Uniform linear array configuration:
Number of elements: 8
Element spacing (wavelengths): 1
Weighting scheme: binomial
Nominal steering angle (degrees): -30
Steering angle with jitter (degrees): -28.348
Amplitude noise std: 0.05
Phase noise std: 0.05

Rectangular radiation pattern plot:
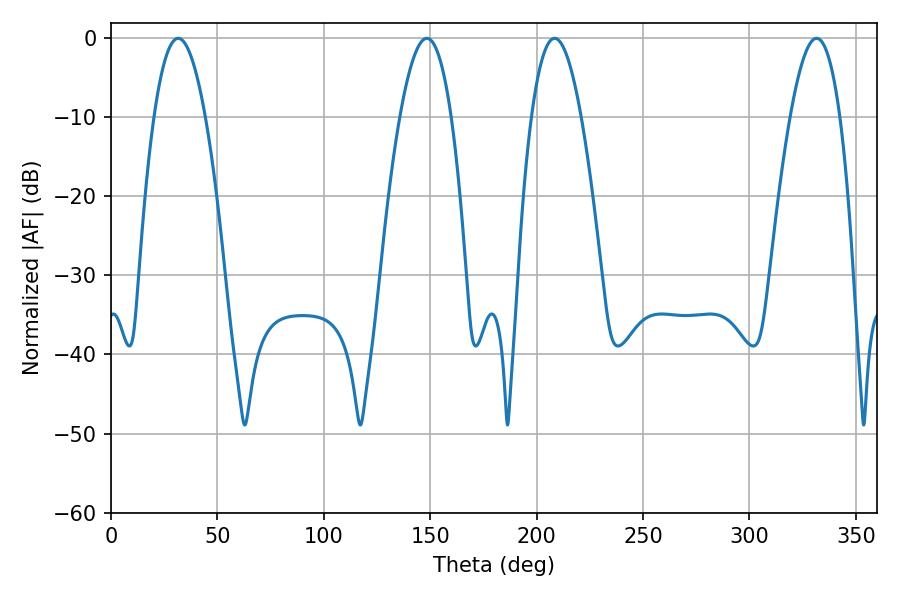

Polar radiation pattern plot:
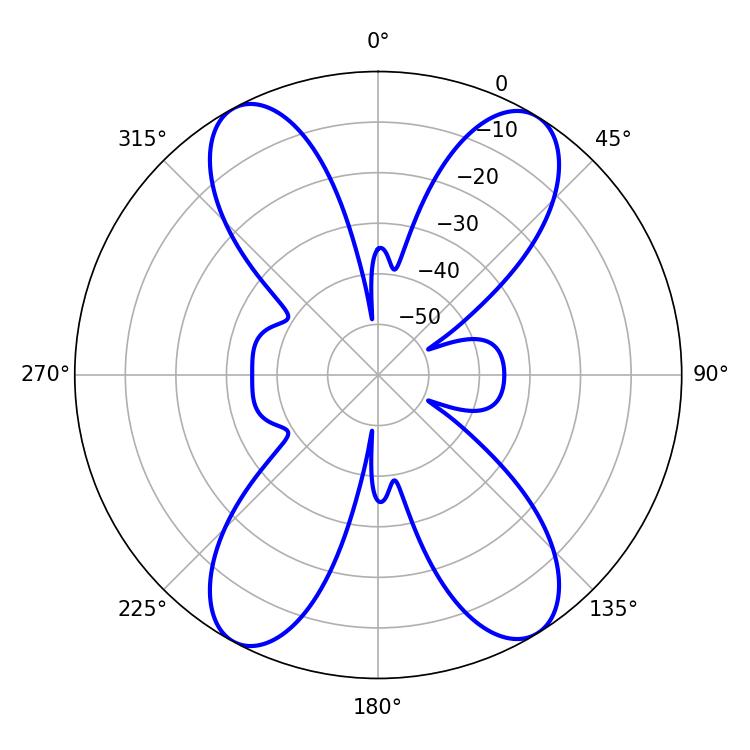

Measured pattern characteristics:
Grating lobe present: TRUE
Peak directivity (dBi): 18.255
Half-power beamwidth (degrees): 12.78
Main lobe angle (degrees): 208.44